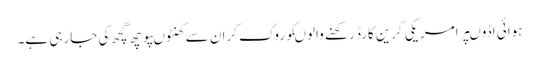
ہوائی اڈوںپرامریکی گرین کارڈ رکھنے والوںکوروک کران سے گھنٹوںپوچھ گچھ کی جارہی ہے۔